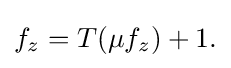
\displaystyle {f_{z}=T(\mu f_{z})+1.}